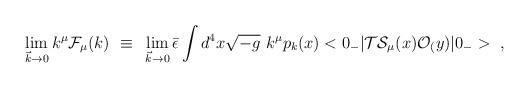
LaTeX: \begin{align*}\lim_{{\vec k} \rightarrow 0} k^{\mu} {\cal F}_{\mu}(k)~\equiv~\lim_{{\vec k} \rightarrow 0} {\bar \epsilon} \int d^4 x \sqrt{-g} ~k^{\mu}p_k(x) <0_-| {\cal T} {\cal S}_{\mu}(x) {\cal O}_(y) |0_->~, \end{align*}